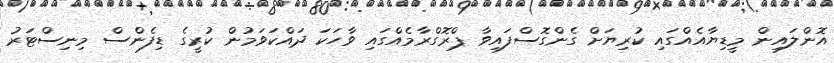
އޮންލައިން މީޑިޔާއެއްގައި ކުރިޔަށް ގެންގޮސްފައިވާ ޕްރޮގްރާމެއްގައި ވާހަކަ ދައްކަވަމުން ކުރީގެ ޑިފެންސް މިނިސްޓަރު